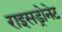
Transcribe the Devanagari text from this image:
राइसड्रोनेट